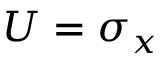
U = \sigma _ { x }